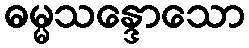
ဓမ္မသန္ဒောသော